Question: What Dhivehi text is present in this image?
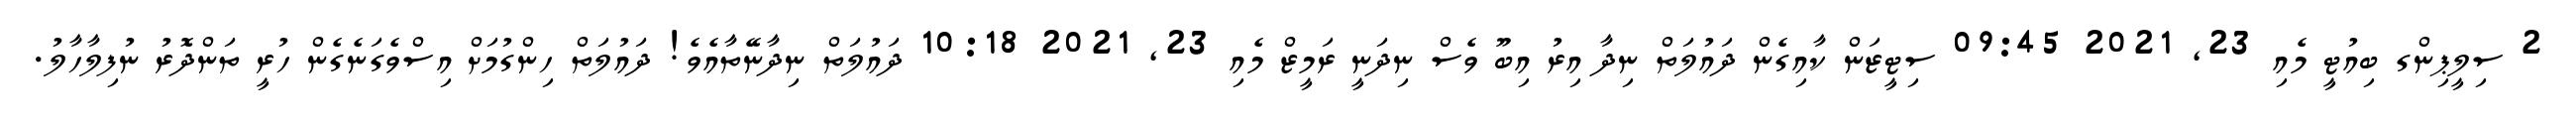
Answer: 2 ސިލީޕިންގ ބިއުޓީ މެއި 23, 2021 09:45 ސިޓީޒަން ކާއިގެން ދައުލަތް ނިދާ އިރު އިބޫ ވެސް ނިދަނީ ރަމީޒް މެއި 23, 2021 10:18 ދައުލަތް ނިދާނޭތާއެވެ! ދައުލަތް ހިންގުމަށް އިސްވެގަނެގެން ހުރީ ތަންދޮރު ނުފިލާހާލު.